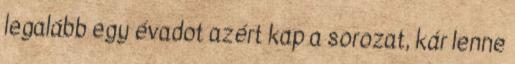
legalább egy évadot azért kap a sorozat, kár lenne